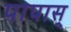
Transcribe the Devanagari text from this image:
पापास्